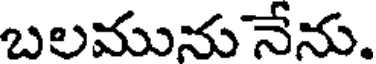
బలమునునేను.